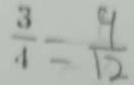
\frac { 3 } { 4 } = \frac { 9 } { 1 2 }